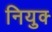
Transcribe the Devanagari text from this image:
नियुक्‍